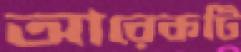
আরেকটি